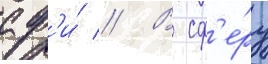
сф'и́ // В сф'е́ру